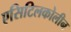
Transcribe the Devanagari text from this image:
एसिटिलकोलीन